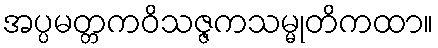
အပ္ပမတ္တကဝိသဇ္ဇကသမ္မုတိကထာ။